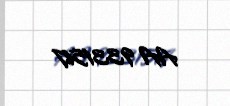
AA 9331517